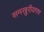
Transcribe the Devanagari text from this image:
समखुरीयगण